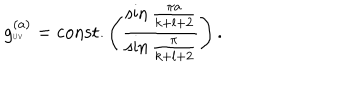
LaTeX: g _ { \tiny \mathrm { U V } } ^ { ( a ) } = \mathrm { c o n s t . } \left( { \frac { \sin { \frac { \pi a } { k + l + 2 } } } { \sin { \frac { \pi } { k + l + 2 } } } } \right) .